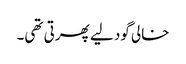
خالی گود لیے پھرتی تھی۔